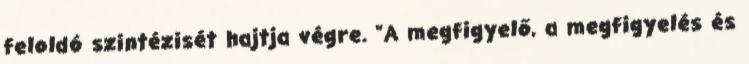
feloldó szintézisét hajtja végre. "A megfigyelő, a megfigyelés és